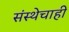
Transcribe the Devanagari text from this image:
संस्थेचाही